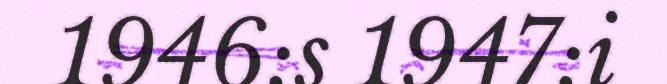
1946:s 1947:i